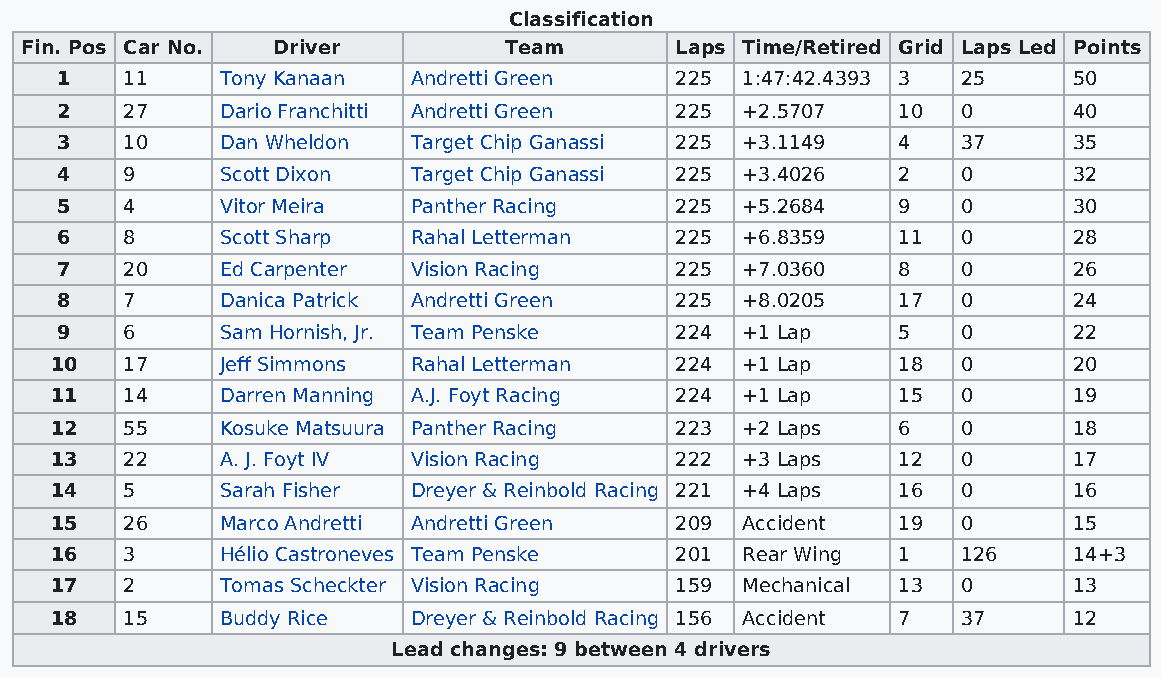
Classification
 Fin. Pos Car No. Driver         Team        Laps Time/Retired Grid Laps Led Points
 1   11     Tony Kanaan Andretti Green    225 1:47:42.4393 3 25     50
 2   27     Dario Franchitti Andretti Green 225 +2.5707 10   0      40
 3   10     Dan Wheldon Target Chip Ganassi 225 +3.1149 4    37     35
 4   9      Scott Dixon Target Chip Ganassi 225 +3.4026 2    0      32
 5   4      Vitor Meira Panther Racing    225 +5.2684   9    0      30
 6   8      Scott Sharp Rahal Letterman   225 +6.8359   11   0      28
 7   20     Ed Carpenter Vision Racing    225 +7.0360   8    0      26
 8   7      Danica Patrick Andretti Green 225 +8.0205   17   0      24
 9   6      Sam Hornish, Jr. Team Penske  224 +1 Lap    5    0      22
 10   17     Jeff Simmons Rahal Letterman  224 +1 Lap    18   0      20
 11   14     Darren Manning A.J. Foyt Racing 224 +1 Lap  15   0      19
 12   55     Kosuke Matsuura Panther Racing 223 +2 Laps  6    0      18
 13   22     A. J. Foyt IV Vision Racing   222 +3 Laps   12   0      17
 14   5      Sarah Fisher Dreyer & Reinbold Racing 221 +4 Laps 16 0  16
 15   26     Marco Andretti Andretti Green 209 Accident  19   0      15
 16   3      Hélio Castroneves Team Penske 201 Rear Wing 1    126    14+3
 17   2      Tomas Scheckter Vision Racing 159 Mechanical 13  0      13
 18   15     Buddy Rice  Dreyer & Reinbold Racing 156 Accident 7 37  12
 Lead changes: 9 between 4 drivers